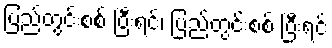
ပြည်တွင်းစစ် ပြီးရင်၊ ပြည်တွင်းစစ် ပြီးရင်